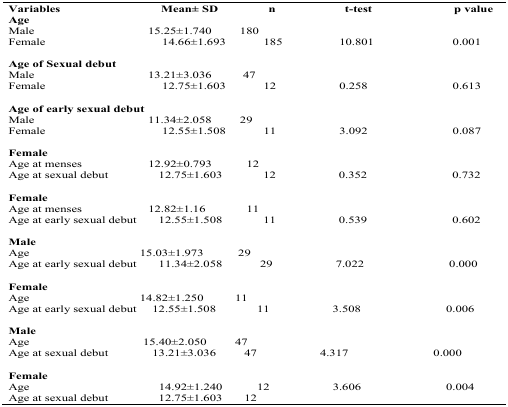
| Variables | Mean± SD | n | t-test | p value |
 | --- | --- | --- | --- | --- |
 | Age |  |  |  |  |
 | Male | 15.25±1.740 | 180 |  |  |
 | Female | 14.66±1.693 | 185 | 10.801 | 0.001 |
 | Age of Sexual debut |  |  |  |  |
 | Male | 13.21±3.036 | 47 |  |  |
 | Female | 12.75±1.603 | 12 | 0.258 | 0.613 |
 | Age of early sexual debut |  |  |  |  |
 | Male | 11.34±2.058 | 29 |  |  |
 | Female | 12.55±1.508 | 11 | 3.092 | 0.087 |
 | Female |  |  |  |  |
 | Age at menses | 12.92±0.793 | 12 |  |  |
 | Age at sexual debut | 12.75±1.603 | 12 | 0.352 | 0.732 |
 | Female |  |  |  |  |
 | Age at menses | 12.82±1.16 | 11 |  |  |
 | Age at early sexual debut | 12.55±1.508 | 11 | 0.539 | 0.602 |
 | Male |  |  |  |  |
 | Age | 15.03±1.973 | 29 |  |  |
 | Age at early sexual debut | 11.34±2.058 | 29 | 7.022 | 0.000 |
 | Female |  |  |  |  |
 | Age | 14.82±1.250 | 11 |  |  |
 | Age at early sexual debut | 12.55±1.508 | 11 | 3.508 | 0.006 |
 | Male |  |  |  |  |
 | Age | 15.40±2.050 | 47 |  |  |
 | Age at sexual debut | 13.21±3.036 | 47 | 4.317 | 0.000 |
 | Female |  |  |  |  |
 | Age | 14.92±1.240 | 12 | 3.606 | 0.004 |
 | Age at sexual debut | 12.75±1.603 | 12 |  |  |